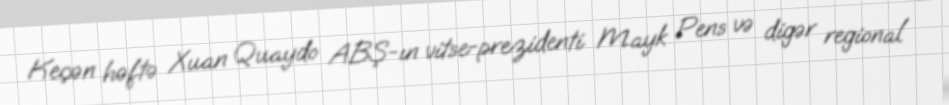
Keçən həftə Xuan Quaydo ABŞ-ın vitse-prezidenti Mayk Pens və digər regional